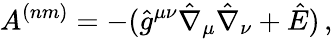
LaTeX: A^{(nm)}=-(\hat{g}^{\mu\nu}\hat{\nabla}_{\mu}\hat{\nabla}_{\nu}+\hat{E})\, ,